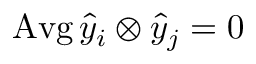
\operatorname { A v g } \hat { y } _ { i } \otimes \hat { y } _ { j } = 0